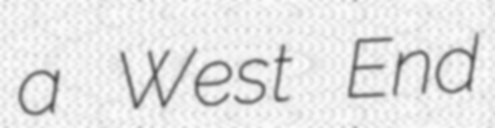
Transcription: a West End